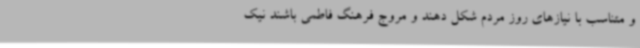
و متناسب با نیازهای روز مردم شکل دهند و مروج فرهنگ فاطمی باشند نیک